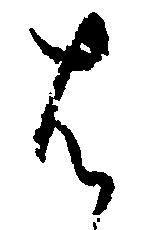
は